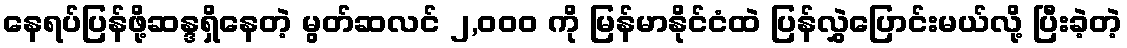
နေရပ်ပြန်ဖို့ဆန္ဒရှိနေတဲ့ မွတ်ဆလင် ၂,၀၀၀ ကို မြန်မာနိုင်ငံထဲ ပြန်လွှဲပြောင်းမယ်လို့ ပြီးခဲ့တဲ့